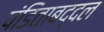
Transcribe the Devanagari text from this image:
पंडिताबद्दल